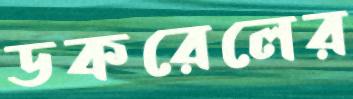
ডকরেলের